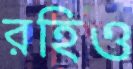
রহিও